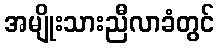
အမျိုးသားညီလာခံတွင်